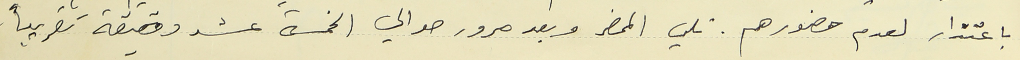
باعتذار لعدم حضورهم. تلي المحضر وبعد مرور حوالي الخمسة عشر دقيقة تقريباً